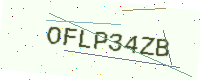
Text: OFLP34ZB